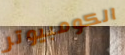
الكومبيوتر